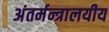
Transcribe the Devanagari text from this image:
अंतर्मन्त्रालयीय